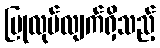
ပြုလုပ်လျက်ရှိသည့်